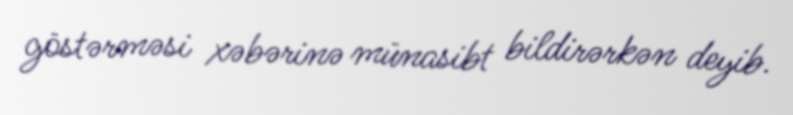
göstərməsi xəbərinə münasibt bildirərkən deyib.